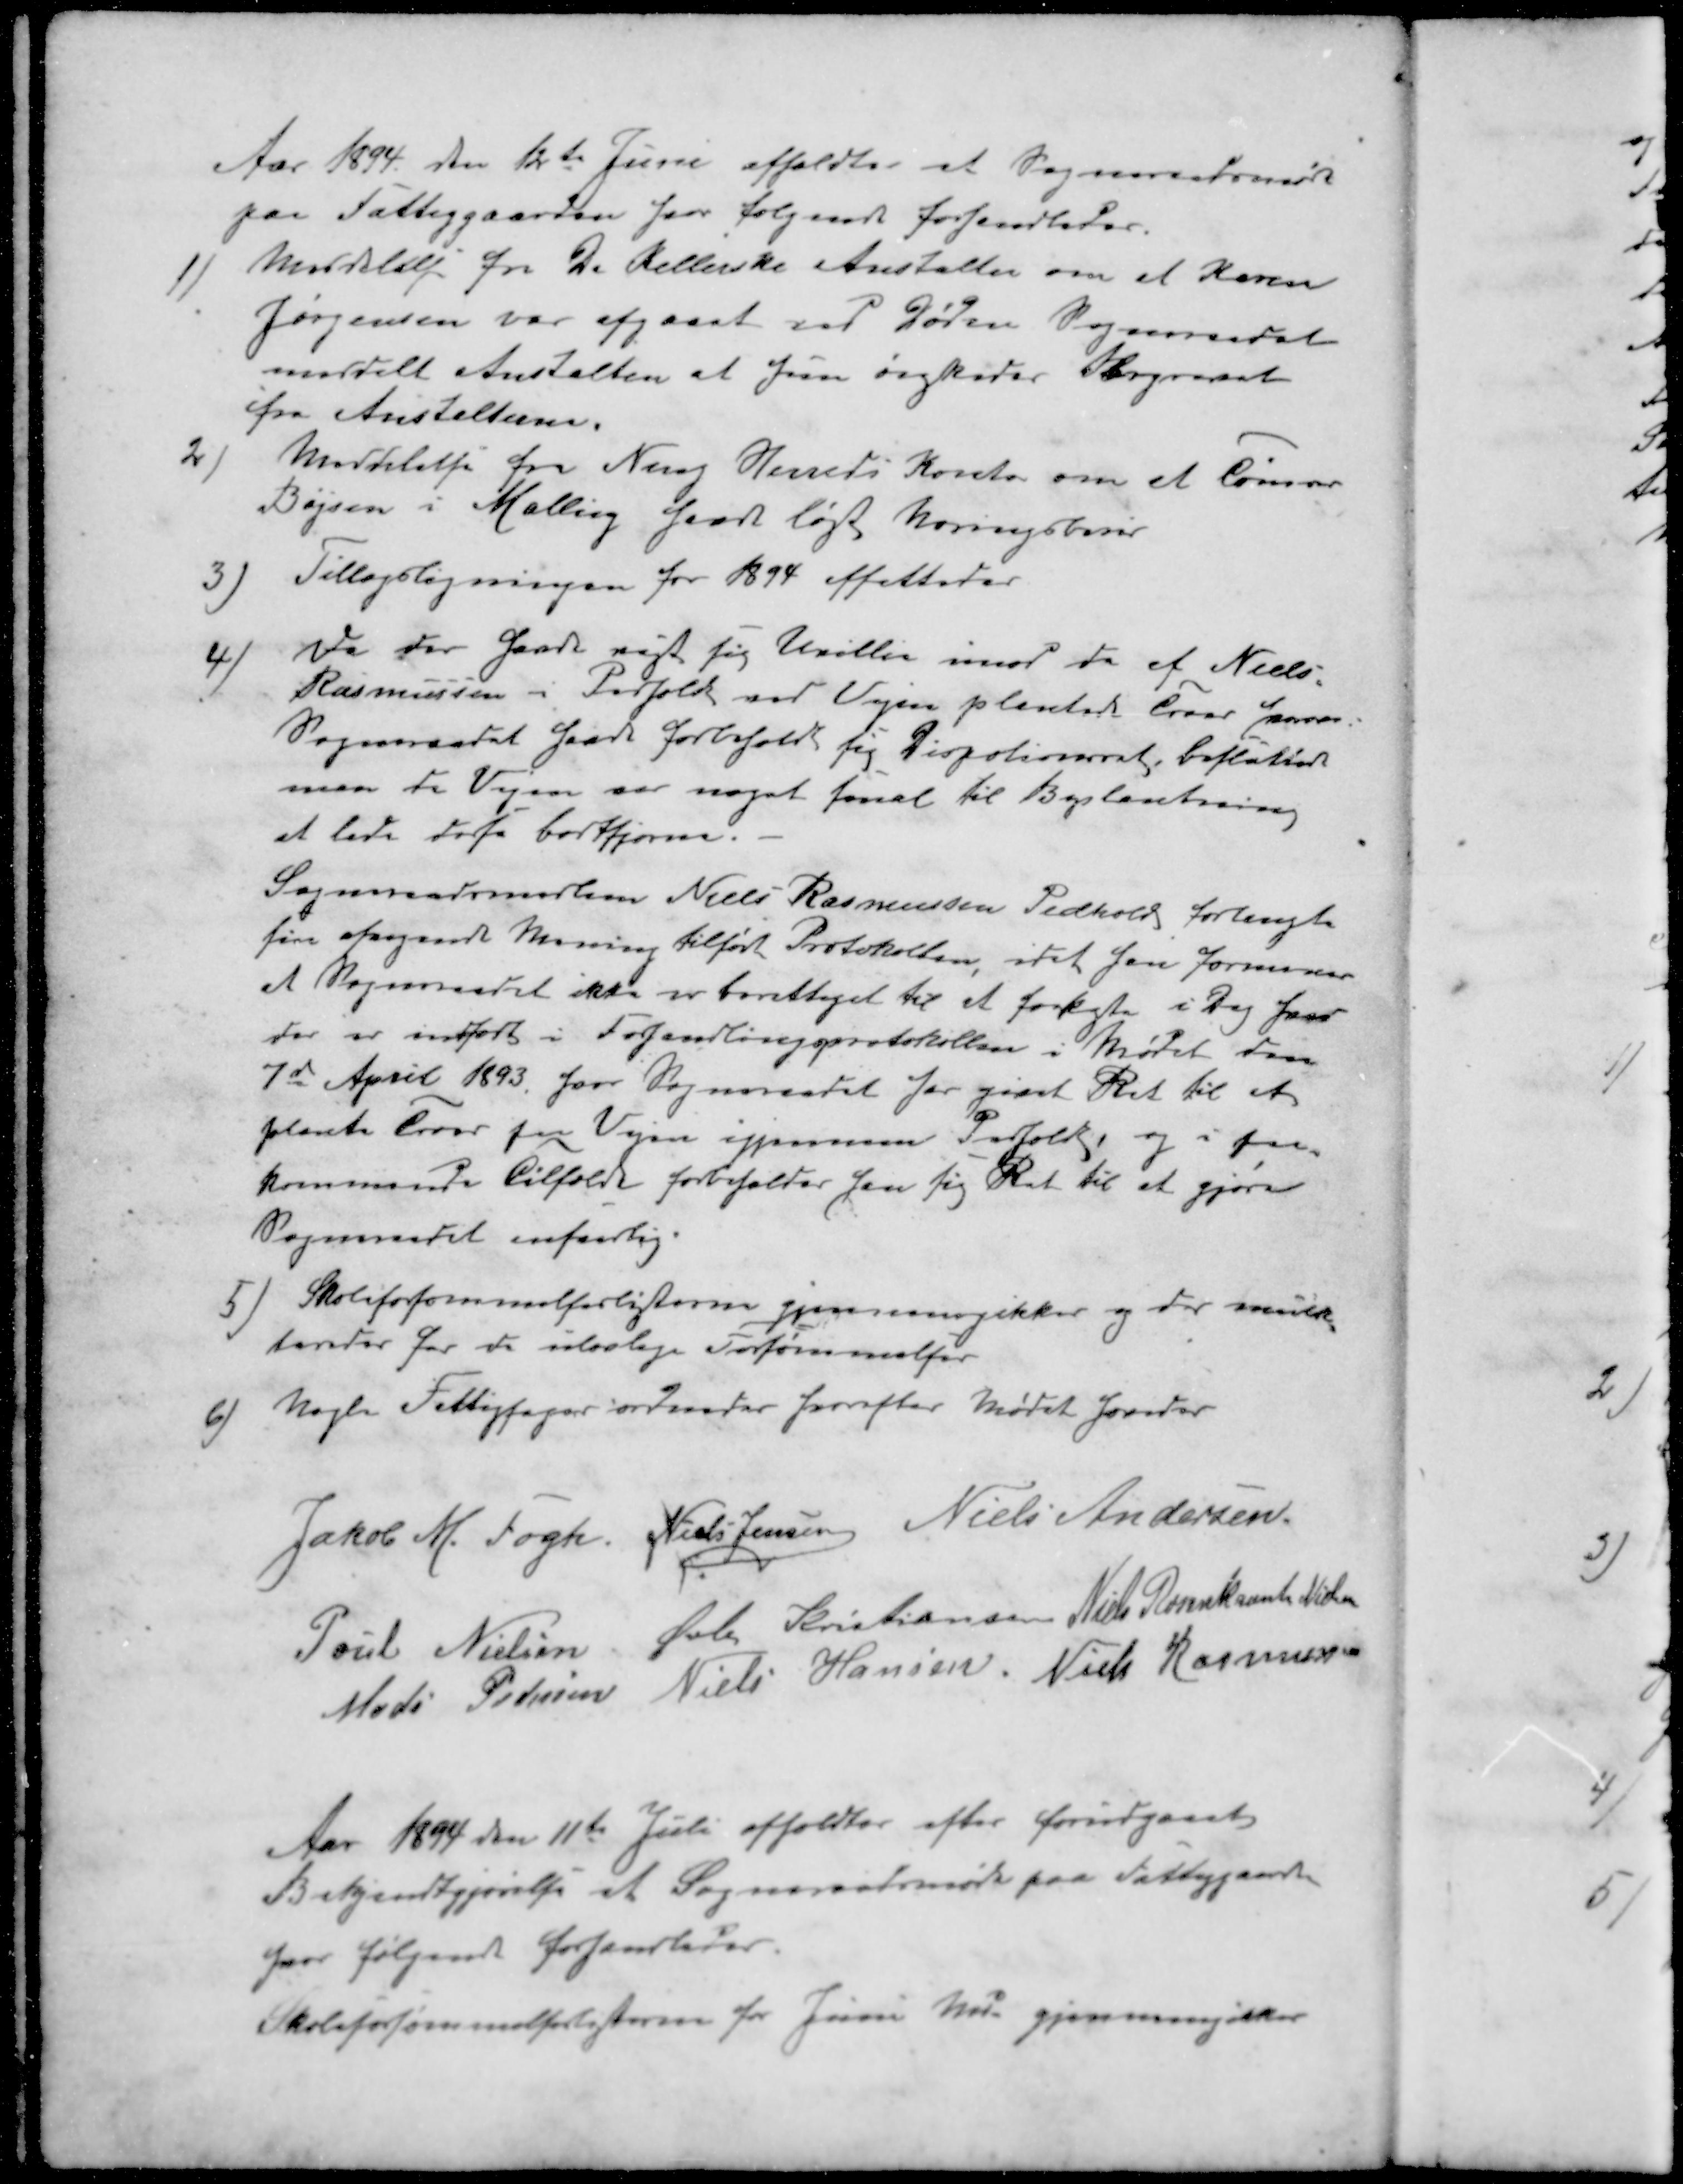
Transskription:
Aar 1894 den 12te Juni afholdtes et Sogneraadsmøde
paa Fattiggaarden for følgende forhandledes.
1 ) Meddelelse fra De Kellerske Anstalter om at Karen
Jørgensen var afgaaet ved Døden Sogneraadet
meddelt Anstalten at hun ønskes Begravet
fra Anstalten.
2 ) Meddelelse fra Ning Herreds Kontor om at Tømrer
Bøjsen i Malling faaet løst Næringsbrev
3 ) Tillægsligningen for 1894 affattedes
4 ) Da der havde vist sig Uvillie imod de af Niels
Rasmussen i Pedholt ved Vejen plantede Træer haver
Sogneraadet  forbeholdt sig Dispotionsret besluttet
men da Vejen var noget smal til Beplantning
at lade disse bortfjerne.
Sogneraadsmedlem Niels Rasmussen Pedhold forlangte
sin afvigende Mening tilført Protokollen, idet han formener
et Sogneraadet ikke er berettiget til at forlagte i Dag hvad
der er indført i Forhandlingsprotokollen i Mødet den
7d April 1893 hvor Sogneraadet har givet Ret til et 
plante Træer for Vejen igjennem Pedholt og i paa-
kommende tilfælde forbeholder den sig Ret til at gjøre
Sogneraadet ansvarlig.
5 ) Skoleforsømmelseslisterne gjennemgikkes og der mulk-
teredes for de ulovlige Forsømmelser
6 ) Nogle Fattigsager ordnedes hvorefter Mødet hævedes
Jakob M. Fogh
Niels Jensen
Niels Andersen
Poul Nielsen
Øvli Kristiansen
Niels Rosenkrants Nielsen
Mads Pedersen
Niels Hansen
Niels Rasmussen
Aar 1894 den 11te Juli afholdtes efter forudgaaet
Bekjendtgjørelse af Sogneraadsmøde paa Fattiggaarden
hvor følgende forhandledes
Skoleforsømmelseslisterne for Juni Md gjennemgikkes